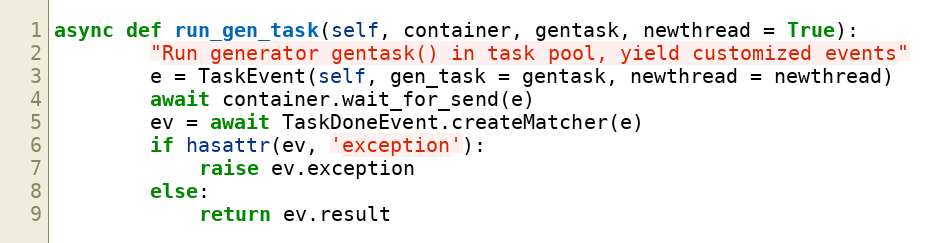
Language: Python
async def run_gen_task(self, container, gentask, newthread = True):
        "Run generator gentask() in task pool, yield customized events"
        e = TaskEvent(self, gen_task = gentask, newthread = newthread)
        await container.wait_for_send(e)
        ev = await TaskDoneEvent.createMatcher(e)
        if hasattr(ev, 'exception'):
            raise ev.exception
        else:
            return ev.result